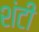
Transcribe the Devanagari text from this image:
शंटी